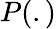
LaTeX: P(.)